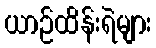
ယာဉ်ထိန်းရဲများ